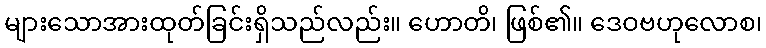
များသောအားထုတ်ခြင်းရှိသည်လည်း။ ဟောတိ၊ ဖြစ်၏။ ဒေဝဗဟုလောစ၊